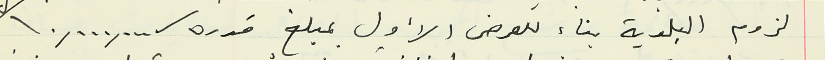
لزوم البلدية بناء للعرض الأول بمبلغ قدره/١٠,٠٠٠,٠٠٠/ ل. ل